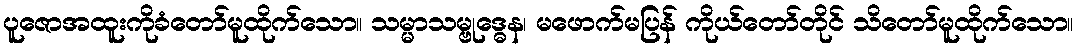
ပူဇောအထူးကိုခံတော်မူထိုက်သော။ သမ္မာသမ္ဗုဒ္ဓေန၊ မဖောက်မပြန် ကိုယ်တော်တိုင် သိတော်မူထိုက်သော။